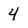
Character: 4